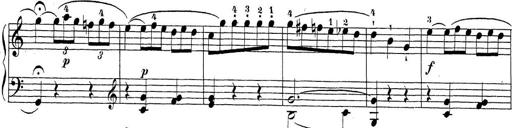
Title: Sonatina Album
Composer: Louis KÃ¶hler